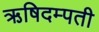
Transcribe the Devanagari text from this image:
ऋषिदम्पती